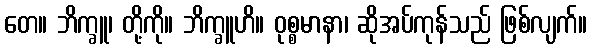
တေ။ ဘိက္ခူ၊ တို့ကို။ ဘိက္ခူဟိ။ ဝုစ္စမာနာ၊ ဆိုအပ်ကုန်သည် ဖြစ်လျက်။